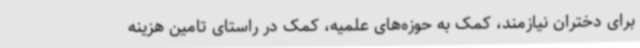
برای دختران نیازمند، کمک به حوزه‌های علمیه، کمک در راستای تامین هزینه